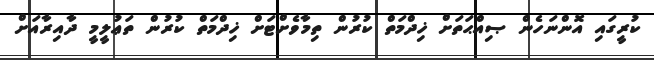
ކުރީގައި އޮންނަހެން ޞިއްޙަތަށް ޚިދްމަތް ކުރުން ތިމާވެށްޓަށް ޚިދްމަތް ކުރުން ތަޢުލީމީ ދާއިރާއަށް